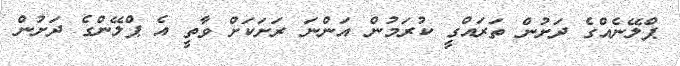
ޕްލޭނެއްގެ ދަށުން ތަރައްގީ ކުރަމުން އަންނަ ރަށަކަށް ވާތީ އެ ޕްލޭންގެ ދަށުން